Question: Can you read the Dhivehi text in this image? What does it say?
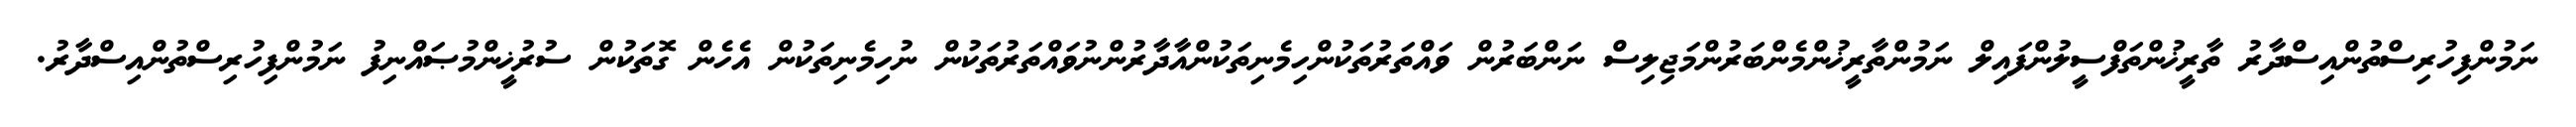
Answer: ނަމުންފިހުރިސްތުންއިސްދާރު ތާރީޚުންތަފްސީލުންފައިލް ނަމުންތާރީޚުންމެންބަރުންމަޖިލިސް ނަންބަރުން ވައްތަރުތަކުންހިމެނިތަކުންއާދާރުންނުވައްތަރުތަކުން ނުހިމެނިތަކުން އެހެން ގޮތަކުން ސުރުޚީންމުޞައްނިފު ނަމުންފިހުރިސްތުންއިސްދާރު.